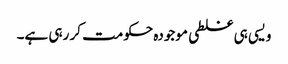
ویسی ہی غلطی موجودہ حکومت کر رہی ہے۔